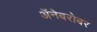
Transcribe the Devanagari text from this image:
अॅनेबरोबर